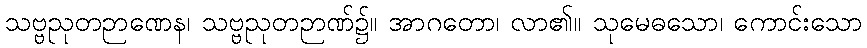
သဗ္ဗညုတဉာဏေန၊ သဗ္ဗညုတဉာဏ်၌။ အာဂတော၊ လာ၏။ သုမေဓသော၊ ကောင်းသော